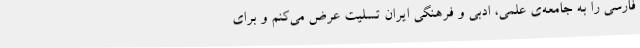
فارسی را به جامعه‌ی علمی، ادبی و فرهنگی ایران تسلیت عرض می‌کنم و برای